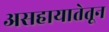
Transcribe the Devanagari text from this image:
असहायातेतून